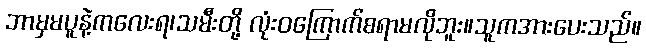
ဘာမှမပူနဲ့ကလေးရ၊သမီးတို့ လုံးဝကြောက်စရာမလိုဘူး။သူကအားပေးသည်။